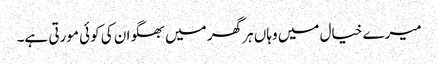
میرے خیال میں وہاں ہر گھر میں بھگوان کی کوئی مورتی ہے۔